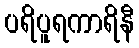
ပရိပူရကာရိနီ